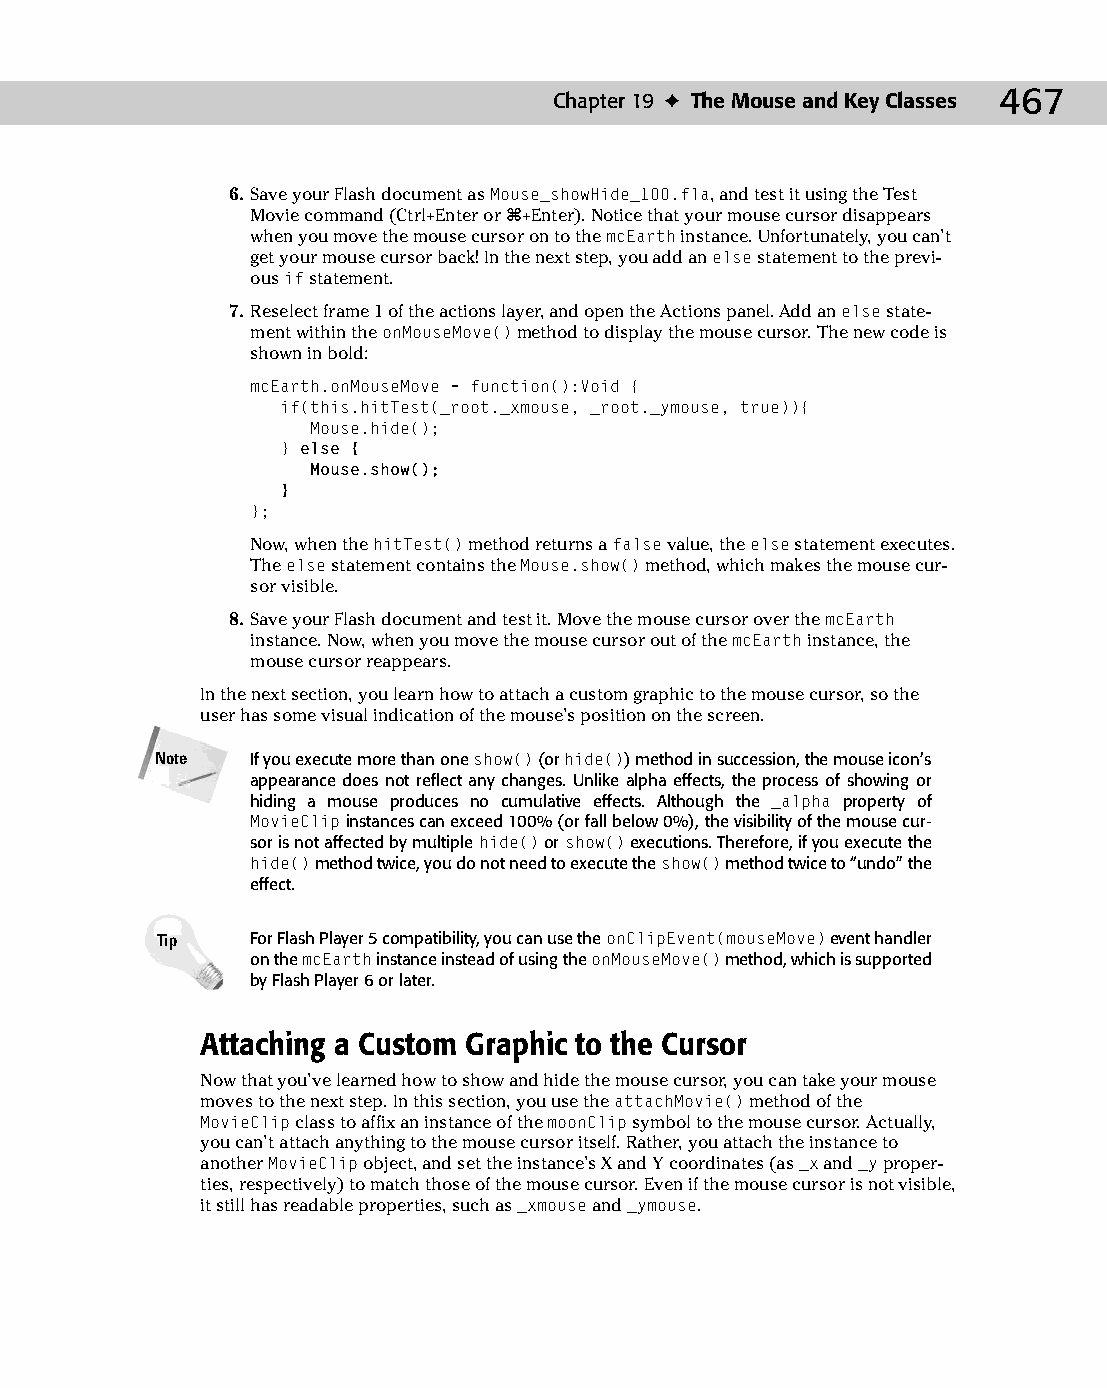
25 543547 ch19.qxd 3/24/04 4:10 PM Page 467
 Chapter 19 ✦ The Mouse and Key Classes 467
 6. Save your Flash document as Mouse_showHide_100.fla, and test it using the Test
 Movie command (Ctrl+Enter or Ô+Enter). Notice that your mouse cursor disappears
 when you move the mouse cursor on to the mcEarth instance. Unfortunately, you can’t
 get your mouse cursor back! In the next step, you add an else statement to the previ­
 ous if statement.
 7. Reselect frame 1 of the actions layer, and open the Actions panel. Add an else state­
 ment within the onMouseMove() method to display the mouse cursor. The new code is
 shown in bold:
 mcEarth.onMouseMove = function():Void {
 if(this.hitTest(_root._xmouse, _root._ymouse, true)){
 Mouse.hide();
 } else {
 Mouse.show();
 }
 };
 Now, when the hitTest() method returns a false value, the else statement executes.
 The else statement contains the Mouse.show() method, which makes the mouse cur­
 sor visible.
 8. Save your Flash document and test it. Move the mouse cursor over the mcEarth
 instance. Now, when you move the mouse cursor out of the mcEarth instance, the
 mouse cursor reappears.
 In the next section, you learn how to attach a custom graphic to the mouse cursor, so the
 user has some visual indication of the mouse’s position on the screen.
 Note   If you execute more than one show() (or hide()) method in succession, the mouse icon’s
 appearance does not reflect any changes. Unlike alpha effects, the process of showing or
 hiding a mouse produces no cumulative effects. Although the _alpha property of
 MovieClip instances can exceed 100% (or fall below 0%), the visibility of the mouse cur­
 sor is not affected by multiple hide() or show() executions. Therefore, if you execute the
 hide() method twice, you do not need to execute the show() method twice to “undo” the
 effect.
 Tip    For Flash Player 5 compatibility, you can use the onClipEvent(mouseMove) event handler
 on the mcEarth instance instead of using the onMouseMove() method, which is supported
 by Flash Player 6 or later.
 Attaching a Custom Graphic to the Cursor
 Now that you’ve learned how to show and hide the mouse cursor, you can take your mouse
 moves to the next step. In this section, you use the attachMovie() method of the
 MovieClip class to affix an instance of the moonClip symbol to the mouse cursor. Actually,
 you can’t attach anything to the mouse cursor itself. Rather, you attach the instance to
 another MovieClip object, and set the instance’s X and Y coordinates (as _x and _y proper­
 ties, respectively) to match those of the mouse cursor. Even if the mouse cursor is not visible,
 it still has readable properties, such as _xmouse and _ymouse.